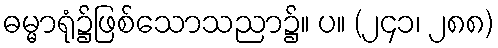
ဓမ္မာရုံ၌ဖြစ်သောသညာ၌။ ပ။ (၂၄၁၊ ၂၈၈)